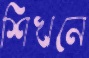
শিখনে